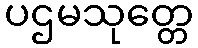
ပဌမသုတ္တေ